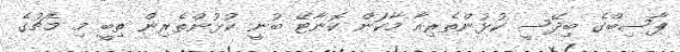
ޕާސިބްގެ ބިދޭސީ ކުޅުންތެރިއާ މާކަން ކޮނާޓޭ ބުނީ ކުޅުންތެރިން ތިބީ މި މެޗުގެ